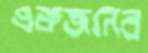
একজনের